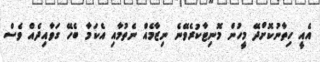
އެއީ ހިތާނުކޮށްދޭ މީހުން މޮނިޓާކުރެވޭނެ ނިޒާމެއް ނެތުމާއި އެކަމާ ބެހޭ ގަވާއިދެއް ވެސް